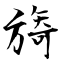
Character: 旖